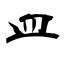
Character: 皿